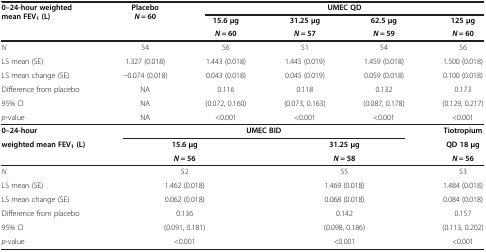
<table><thead><tr><td rowspan="3"><b>0–24-hour weighted mean FEV<sub>1 </sub>(L)</b></td><td rowspan="3"><b>Placebo <i>N</i> = 60</b></td><td colspan="4"><b>UMEC QD</b></td></tr><tr><td><b>15.6 μg</b></td><td><b>31.25 μg</b></td><td><b>62.5 μg</b></td><td><b>125 μg</b></td></tr><tr><td><b><i>N</i> = 60</b></td><td><b><i>N</i> = 57</b></td><td><b><i>N</i> = 59</b></td><td><b><i>N</i> = 60</b></td></tr></thead><tbody><tr><td><i>N</i></td><td>54</td><td>56</td><td>51</td><td>54</td><td>56</td></tr><tr><td>LS mean (SE)</td><td>1.327 (0.018)</td><td>1.443 (0.018)</td><td>1.445 (0.019)</td><td>1.459 (0.018)</td><td>1.500 (0.018)</td></tr><tr><td>LS mean change (SE)</td><td>−0.074 (0.018)</td><td>0.043 (0.018)</td><td>0.045 (0.019)</td><td>0.059 (0.018)</td><td>0.100 (0.018)</td></tr><tr><td>Difference from placebo</td><td>NA</td><td>0.116</td><td>0.118</td><td>0.132</td><td>0.173</td></tr><tr><td>95% CI</td><td>NA</td><td>(0.072, 0.160)</td><td>(0.073, 0.163)</td><td>(0.087, 0.178)</td><td>(0.129, 0.217)</td></tr><tr><td><i>p</i>-value</td><td>NA</td><td>&lt;0.001</td><td>&lt;0.001</td><td>&lt;0.001</td><td>&lt;0.001</td></tr><tr><td><b>0–24-hour</b></td><td colspan="4"><b>UMEC BID</b></td><td><b>Tiotropium</b></td></tr><tr><td rowspan="2"><b>weighted mean FEV</b><sub><b>1 </b></sub><b>(L)</b></td><td colspan="2"><b>15.6 μg</b></td><td colspan="2"><b>31.25 μg</b></td><td><b>QD 18 μg</b></td></tr><tr><td colspan="2"><b><i>N</i></b> <b>= 56</b></td><td colspan="2"><b><i>N</i></b> <b>= 58</b></td><td><b><i>N</i></b> <b>= 56</b></td></tr><tr><td><i>N</i></td><td colspan="2">52</td><td colspan="2">55</td><td>53</td></tr><tr><td>LS mean (SE)</td><td colspan="2">1.462 (0.018)</td><td colspan="2">1.469 (0.018)</td><td>1.484 (0.018)</td></tr><tr><td>LS mean change (SE)</td><td colspan="2">0.062 (0.018)</td><td colspan="2">0.068 (0.018)</td><td>0.084 (0.018)</td></tr><tr><td>Difference from placebo</td><td colspan="2">0.136</td><td colspan="2">0.142</td><td>0.157</td></tr><tr><td>95% CI</td><td colspan="2">(0.091, 0.181)</td><td colspan="2">(0.098, 0.186)</td><td>(0.113, 0.202)</td></tr><tr><td><i>p</i>-value</td><td colspan="2">&lt;0.001</td><td colspan="2">&lt;0.001</td><td>&lt;0.001</td></tr></tbody></table>